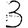
Digit: 3